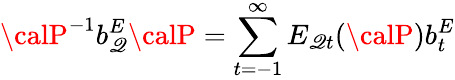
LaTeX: {\calP}^{-1}b_{\mathscr{Q}}^{E}{\calP}=\sum_{t=-1}^{\infty}E_{\mathscr{Q}t}({\calP})b_{t}^{E}